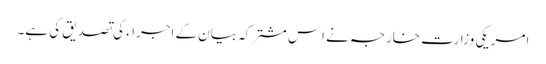
امریکی وزارت خارجہ نے اِس مشترکہ بیان کے اجراء کی تصدیق کی ہے۔